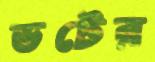
ডটের